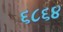
૬૮૬૪